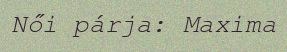
Női párja: Maxima